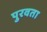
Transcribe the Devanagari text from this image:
पुरवता